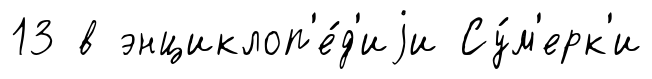
13 в энциклоп'е́д'иjи Су́м'ерк'и